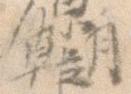
朝